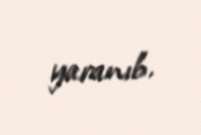
yaranıb.